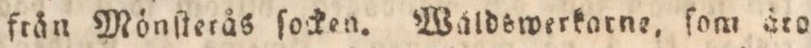
från Mönſterås ſocken. Waldswerkarne, ſom äro